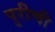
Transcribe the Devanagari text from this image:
पुरीची